Punjab Mental Hospital Lahore 1922-31 - 1922-1931
Year: 1922
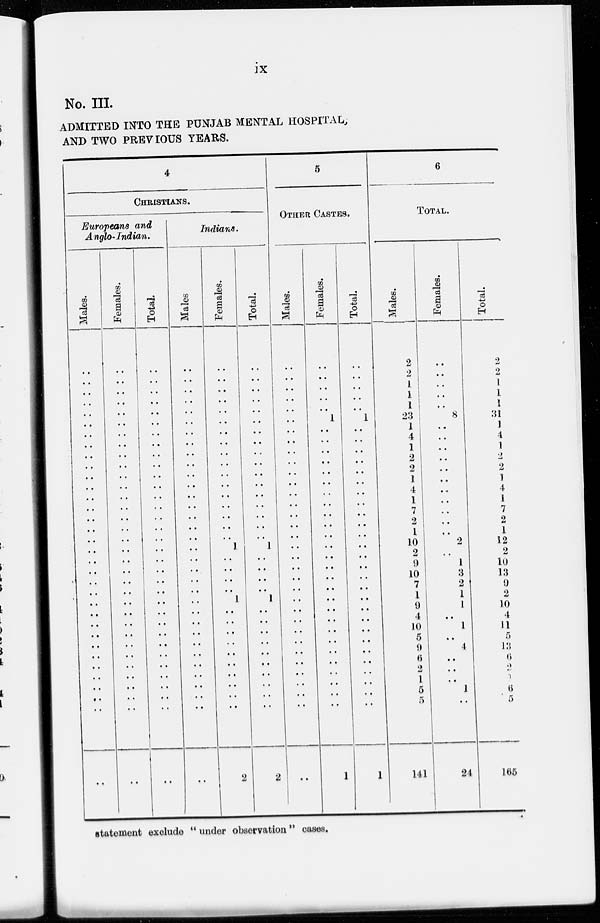
ix
No. III.
ADMITTED INTO THE PUNJAB MENTAL HOSPITAL
AND TWO PREVIOUS YEARS.
4
CHRISTIANS.
Europeans and
Anglo-Indian.
Males.
..
..
..
..
..
..
..
..
..
..
..
..
..
..
..
..
..
..
..
..
..
..
..
..
..
..
..
..
..
..
..
..
..
..
Females.
..
..
..
..
..
..
..
..
..
..
..
..
..
..
..
..
..
..
..
..
..
..
..
..
..
..
..
..
..
..
..
..
..
..
Toal.
..
..
..
..
..
..
..
..
..
..
..
..
..
..
..
..
..
..
..
..
..
..
..
..
..
..
..
..
..
..
..
..
..
..
Indians.
Males
..
..
..
..
..
..
..
..
..
..
..
..
..
..
..
..
..
..
..
..
..
..
..
..
..
..
..
..
..
..
..
..
..
..
Females.
..
..
..
..
..
..
..
..
..
..
..
..
..
..
..
..
..
1
..
..
..
..
1
..
..
..
..
..
..
..
..
..
..
2
Total.
..
..
..
..
..
..
..
..
..
..
..
..
..
..
..
..
..
l
..
..
..
..
l
..
..
..
..
..
..
..
..
..
..
2
5
OTHER CASTES.
Males.
..
..
..
..
..
..
..
..
..
..
..
..
..
..
..
..
..
..
..
..
..
..
..
..
..
..
..
..
..
..
..
..
..
..
Females.
..
..
..
..
..
1
..
..
..
..
..
..
..
..
..
..
..
..
..
..
..
..
..
..
..
..
..
..
..
..
..
..
..
1
Total.
..
..
..
..
..
1
..
..
..
..
..
..
..
..
..
..
..
..
..
..
..
..
..
..
..
..
..
..
..
..
..
..
..
1
6
TOTAL.
Males.
2
2
1
1
1
23
1
4
1
2
2
1
4
1
7
2
1
10
2
9
10
7
1
9
4
10
5
9
6
2
1
5
5
141
Females.
..
..
..
..
..
8
..
..
..
..
..
..
..
..
..
..
..
2
..
1
3
2
1
1
..
1
..
4
..
..
..
1
..
24
Total.
2
2
1
1
1
31
1
4
1
2
2
1
4
1
7
2
1
12
2
10
13
9
2
10
4
11
5
13
6
2
1
6
5
165
statement exclude "under observation" cases.